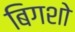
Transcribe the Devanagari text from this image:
बिगशो